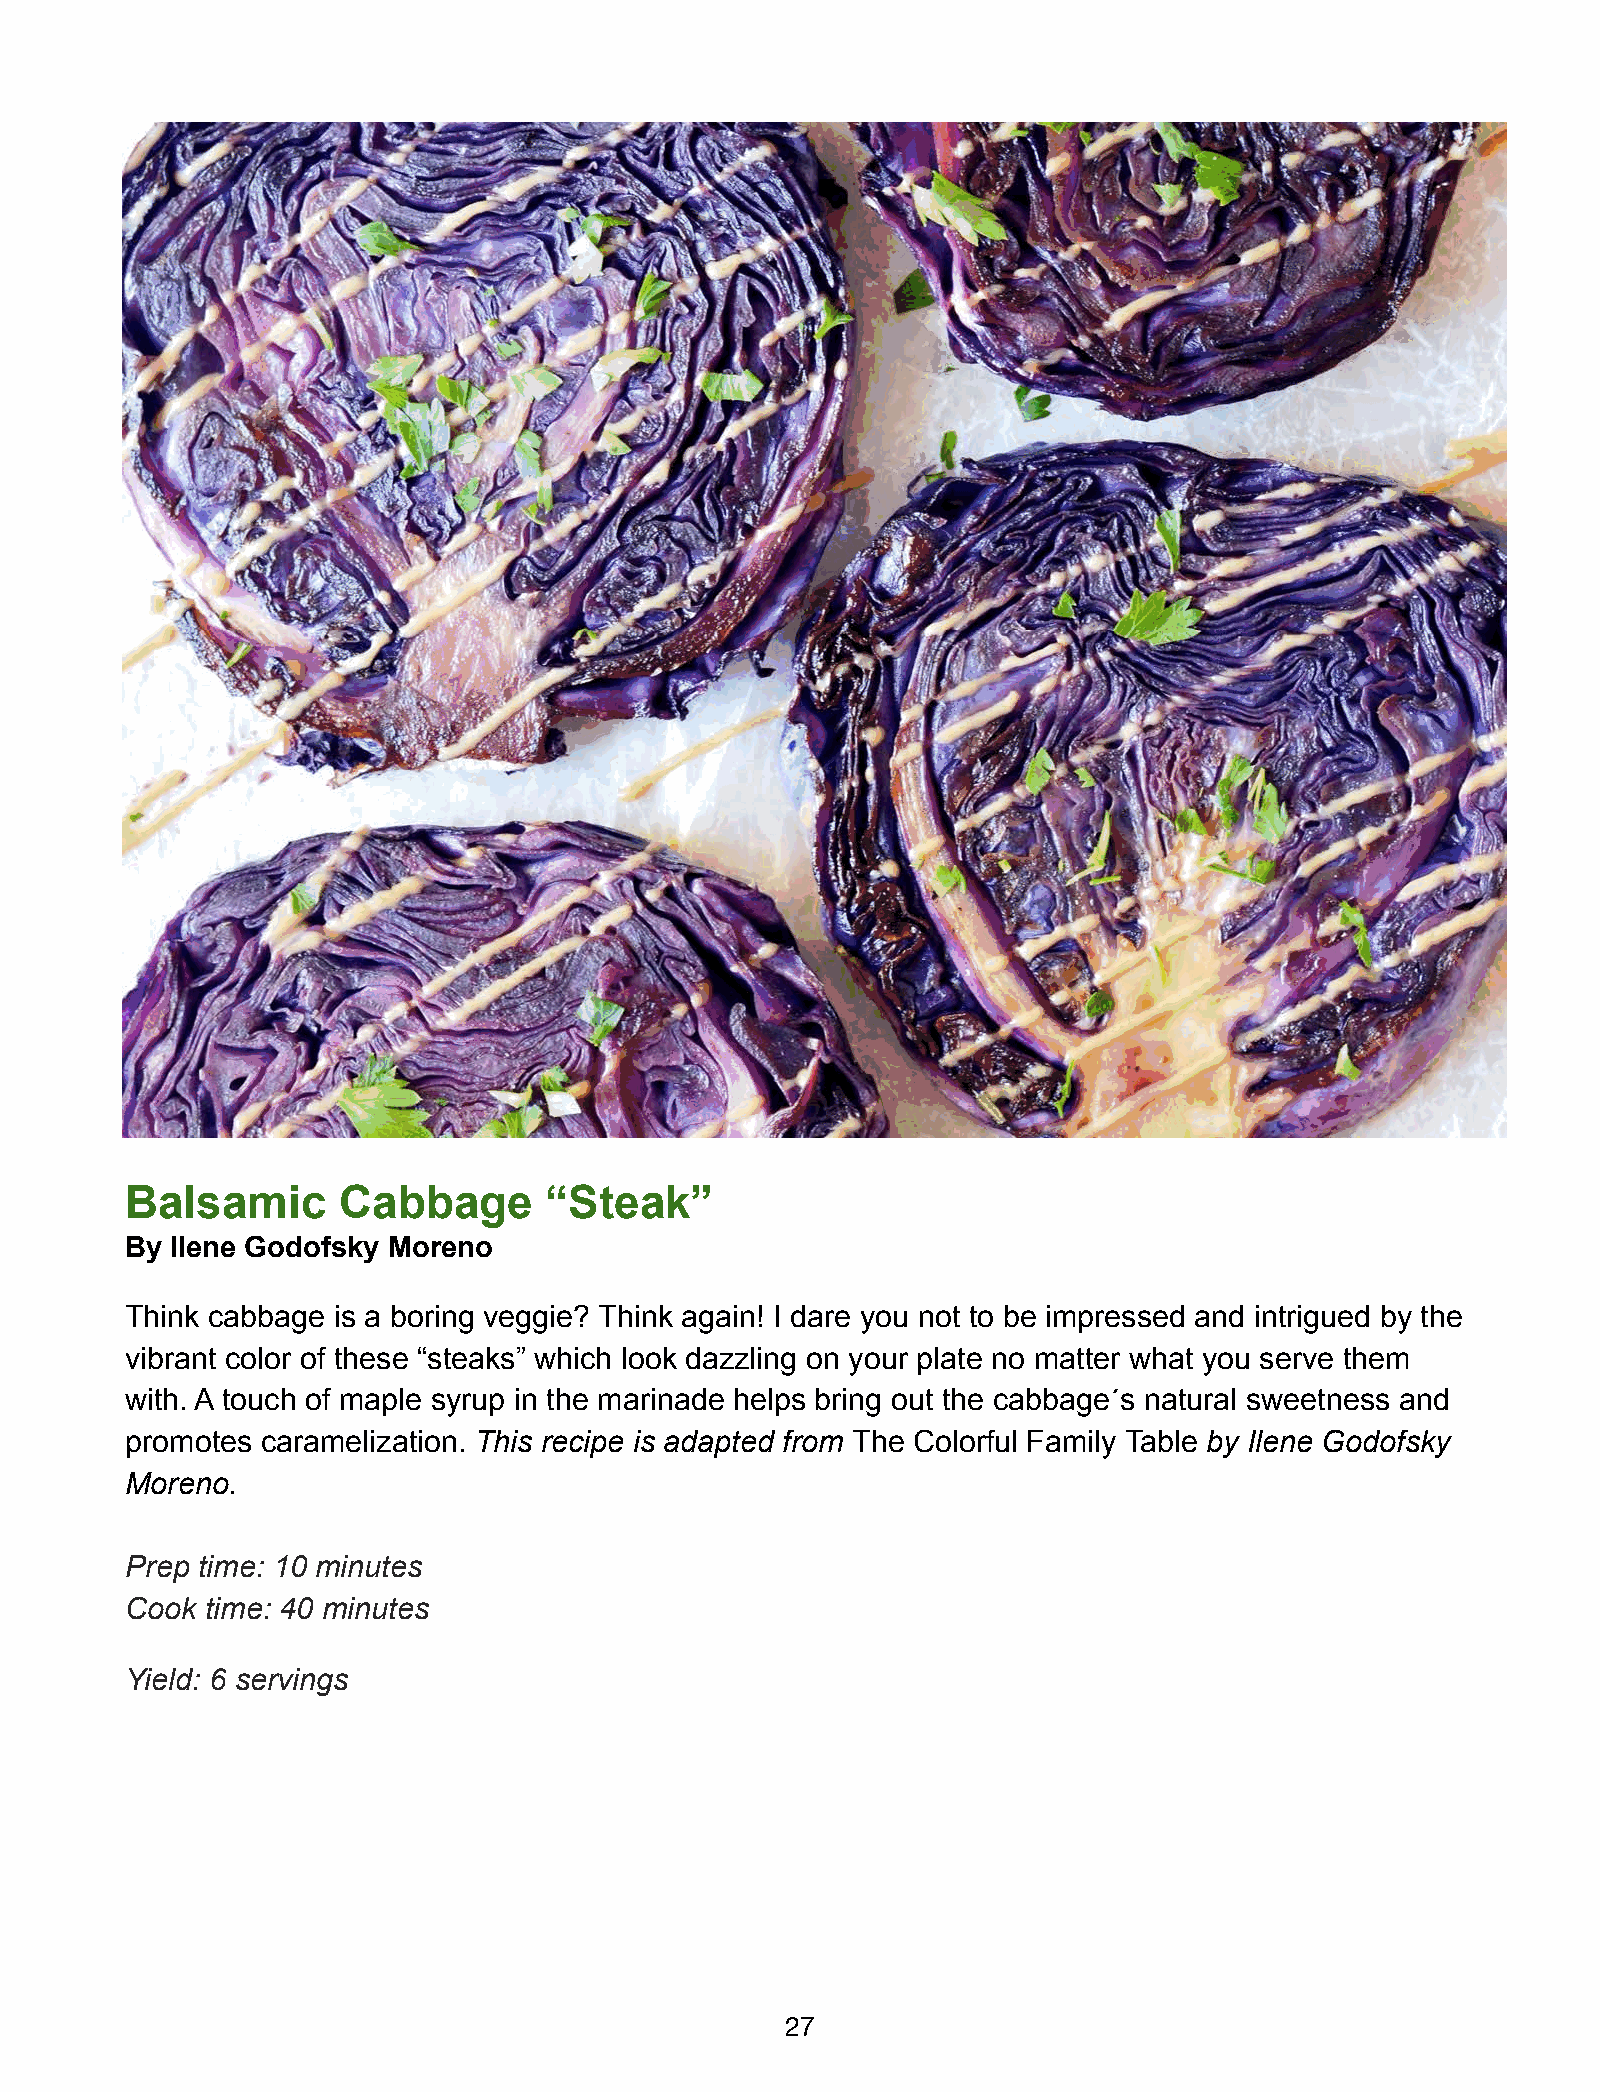
Balsamic      Cabbage       “Steak”
 By Ilene Godofsky Moreno
 Think cabbage is a boring veggie? Think again! I dare you not to be impressed and intrigued by the
 vibrant color of these “steaks” which look dazzling on your plate no matter what you serve them
 with. A touch of maple syrup in the marinade helps bring out the cabbage´s natural sweetness and
 promotes caramelization. This recipe is adapted from The Colorful Family Table by Ilene Godofsky
 Moreno.
 Prep time: 10 minutes
 Cook  time: 40 minutes
 Yield: 6 servings
 27